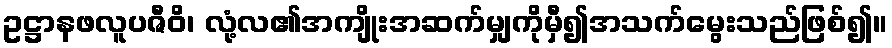
ဥဋ္ဌာနဖလူပဇီဝိ၊ လုံ့လ၏အကျိုးအဆက်မျှကိုမှီ၍အသက်မွေးသည်ဖြစ်၍။